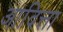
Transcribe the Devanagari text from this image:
आदित्ता